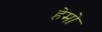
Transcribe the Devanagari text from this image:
हेमो